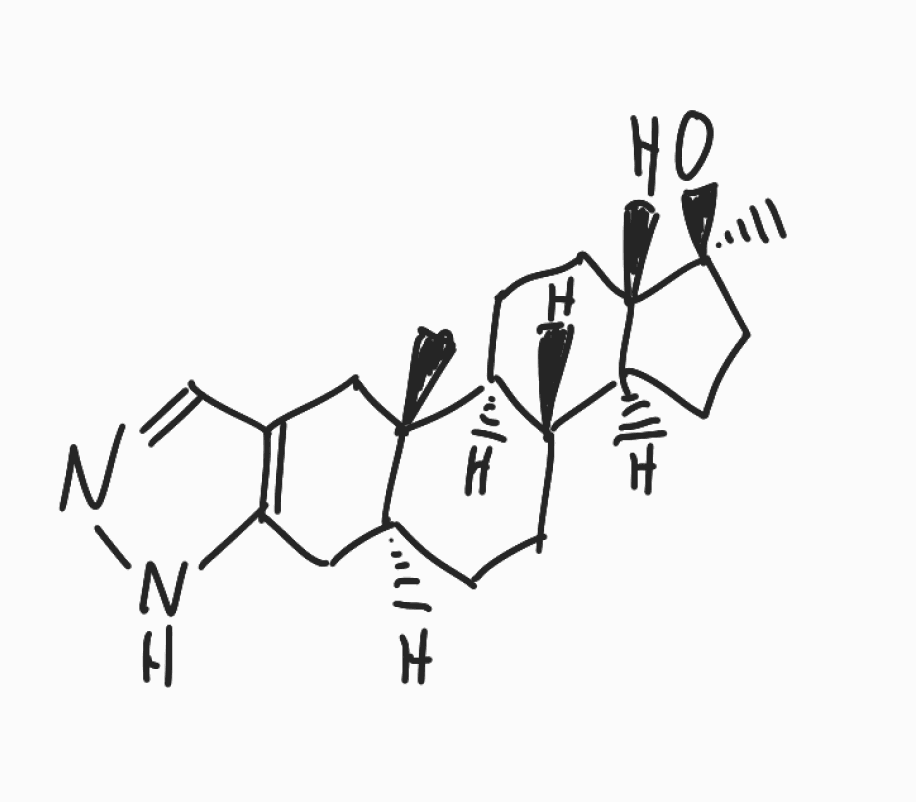
Simplified molecular-input line-entry system (SMILES) notation of the given molecule:
C[C@]12CC[C@H]3[C@H]([C@@H]1CC[C@]2(C)O)CC[C@@H]4[C@@]3(CC5=C(C4)NN=C5)C